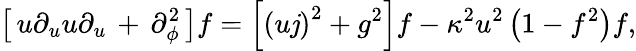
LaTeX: \left[\, u\partial_{u}u\partial_{u}\, +\, \partial_{\phi}^{2}\, \right]f=\left[\left(u\mathit{j}\right)^{2}+g^{2}\right]f-\kappa^{2}u^{2}\left(1-f^{2}\right)f,